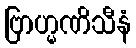
ဗြာဟ္မဏိသီနံ